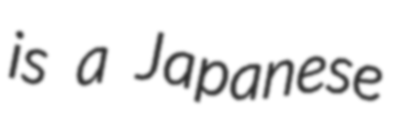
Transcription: is a Japanese